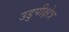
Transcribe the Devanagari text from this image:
उडुपीक्षेत्र